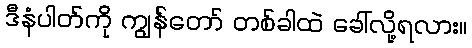
ဒီနံပါတ်ကို ကျွန်တော် တစ်ခါထဲ ခေါ်လို့ရလား။